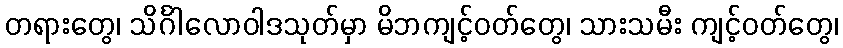
တရားတွေ၊ သိင်္ဂါလောဝါဒသုတ်မှာ မိဘကျင့်ဝတ်တွေ၊ သားသမီး ကျင့်ဝတ်တွေ၊